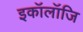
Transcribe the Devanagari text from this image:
इकॉलॉजि